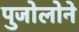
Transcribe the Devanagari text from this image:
पुजोलोने